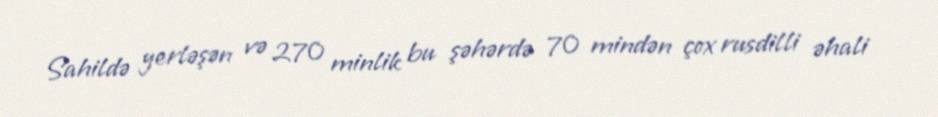
Sahildə yerləşən və 270 minlik bu şəhərdə 70 mindən çox rusdilli əhali